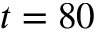
t = 8 0